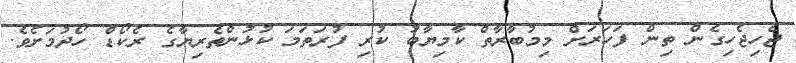
ޖެހިޖެހިގެން ތިން ފަހަރަށް މިމުބާރާތް ކާމިޔާބު ކުރި ފުރަތަމަ ކުޅުންތެރިޔާގެ ރެކޯޑް ހޯދުމަށެވެ.